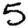
Digit: 5